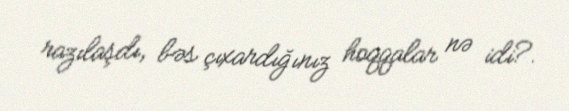
razılaşdı, bəs çıxardığınız hoqqalar nə idi?.